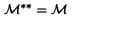
\mathcal { M } ^ { \ast \ast } = \mathcal { M }